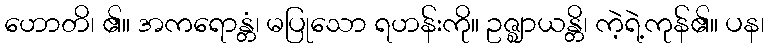
ဟောတိ၊ ၏။ အကရောန္တံ၊ မပြုသော ရဟန်းကို။ ဥဇ္ဈာယန္တိ၊ ကဲ့ရဲ့ကုန်၏။ ပန၊